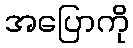
အပြောကို